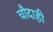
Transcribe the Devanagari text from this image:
चौदाही